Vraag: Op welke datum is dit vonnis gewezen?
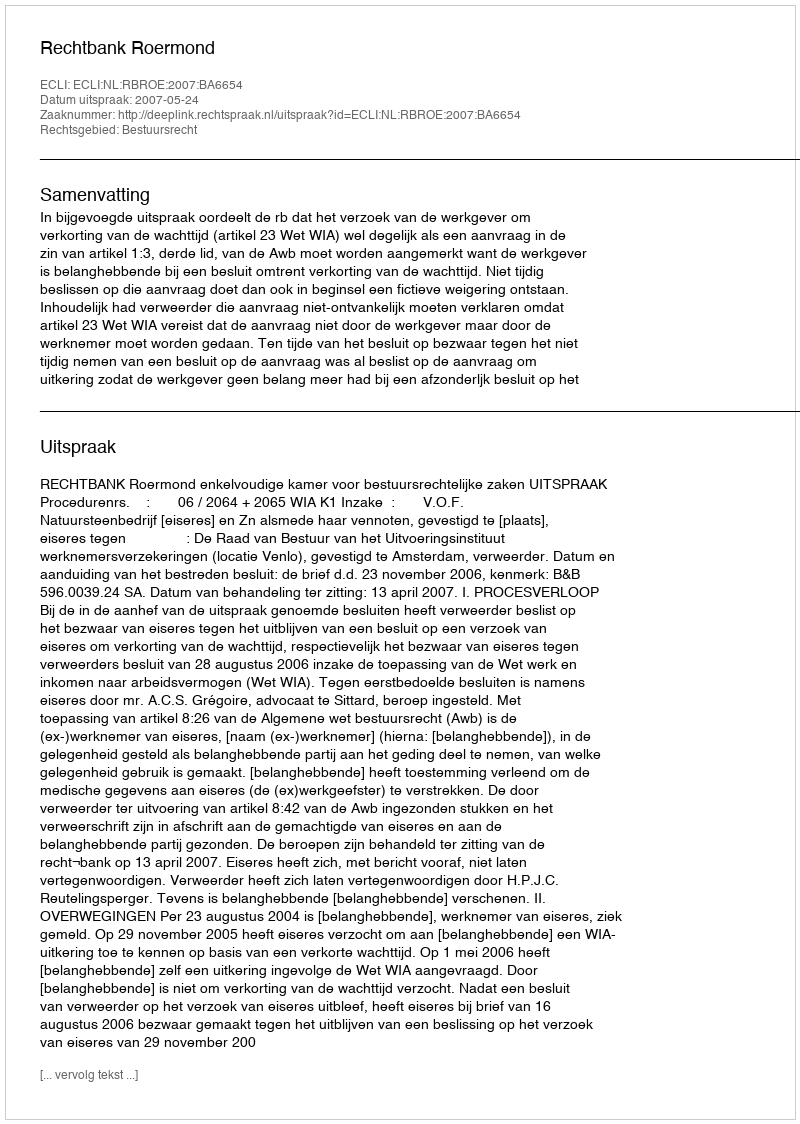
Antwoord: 2007-05-24